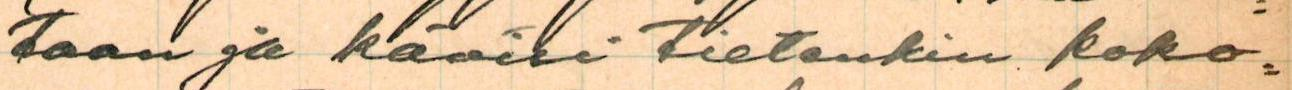
taan ja kävisi tietenkin koko=